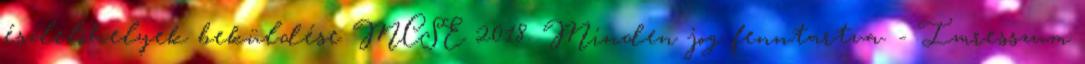
észlelőhelyek beküldése MCSE 2018. Minden jog fenntartva. - Imresszum